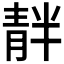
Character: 𫕺